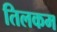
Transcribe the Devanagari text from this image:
तिलकम